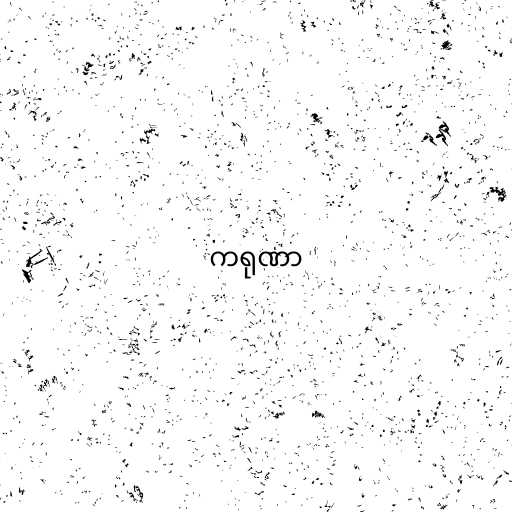
ကရုဏာ